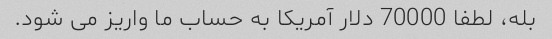
بله، لطفا 70000 دلار آمریکا به حساب ما واریز می شود.